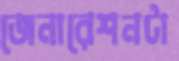
জেনারেশনটা